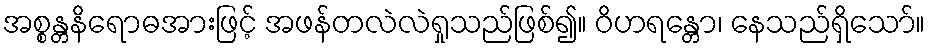
အစ္စန္တနိရောဓအားဖြင့် အဖန်တလဲလဲရှုသည်ဖြစ်၍။ ဝိဟရန္တော၊ နေသည်ရှိသော်။